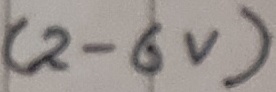
Text: (2-6V)